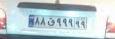
۸۸ق۹۹۹۹۹